Medical and sanitary report of the native army of Madras for the year
Year: 1878
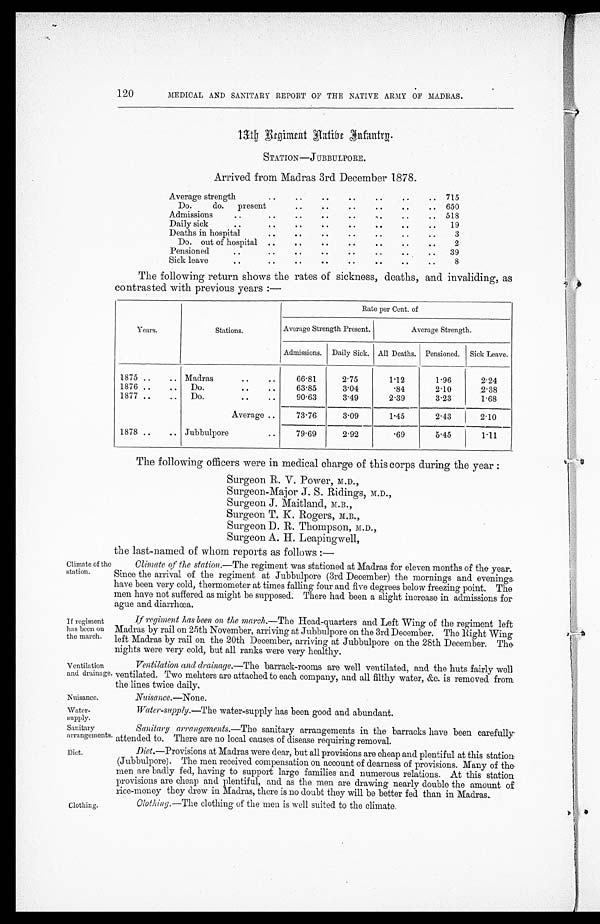
Nuisance.
Water-
supply.
Sanitary
arrangements.
Diet.
120
MEDICAL AND SANITARY REPORT OF THE NATIVE ARMY OF MADRAS.
13th Regiment Native Infantry.
STATION—JUBBULPORE.
Arrived from Madras 3rd December 1878.
Average strength
..
..
..
..
. .
. . .. 715
Do.
do.
present
..
..
..
..
. .
.. 650
Admissions
. .
..
..
..
..
. .
..
.. 518
Daily sick
. .
..
..
..
. .
. .
..
..
19
Deaths in hospital
. .
. .
. .
. .
. .
. .
. .
3
Do. out of hospital
..
. .
..
. .
. .
..
..
2
Pensioned
. .
. .
. .
..
. .
..
. .
..
39
Sick leave
..
. .
. .
..
..
..
..
..
8
The following return shows the rates of sickness, deaths, and invaliding, as
contrasted with previous years :—
Years.
Stations.
Rate Per Cent. of
Average Strength Present.
Average Strength.
Admissions. Daily Sick. All Deaths. Pensioned. Sick Leave.
1875 ..
.. Madras
..
. .
66.81
2.75
1.12
1.96
2.24
1876 ..
. .
Do.
. .
. .
63.85
3.04
.84
2.10
.2.38
1877 ..
..
Do.
. .
..
90.63
3.49
2.39
3.23
1.68
Average . .
73.76
3.09
1.45
2.43
2.10
1878 ..
.. Jubbulpore
. .
79.69
2.92
.69
5.45
1.11
The following officers were in medical charge of this corps during the year :
Surgeon R. V. Power, M.D.,
Surgeon-Major J. S. Ridings, M.D.,
Surgeon J. Maitland, M.B.,
Surgeon T. K. Rogers, M.B.,
Surgeon D. R. Thompson, M.D.,
Surgeon A. H. Leapingwell,
Climate of th
e station.
the last-named of whom reports as follows :—
Climate of the station.— The regiment was stationed at Madras for eleven months of the year.
Since the arrival of the regiment at Jubbulpore (3rd December) the mornings and evenings
have been very cold, thermometer at times falling four and five degrees below freezing point. The
men have not suffered as might be supposed. There had been a slight increase in admissions for
ague and diarrhœa.
If regiment
has been on
the march.
If regiment has been on the march. —The Head-quarters and Left Wing of the regiment left
Madras by rail on 25th November, arriving at Jubbulpore on the 3rd December. The Right Wing
left Madras by rail on the 20th December, arriving at Jubbulpore on the 28th December. The-
nights were very cold, but all ranks were very healthy.
Ventilation
and drainage.
Ventilation and drainage.— The barrack-rooms are well ventilated, and the huts fairly well
ventilated. Two mehters are attached to each company, and all filthy water, &c. is removed from
the lines twice daily.
Nuisance.—None.
Water-supply.—The water-supply has been good and abundant.
Sanitary arrangements.— The sanitary arrangements in the barracks have been carefully
attended to. There are no local causes of disease requiring removal.
Diet. —Provisions at Madras were dear, but all provisions are cheap and plentiful at this station
(Jubbulpore). The men received compensation on account of dearness of provisions. Many of the
men are badly fed, having to support large families and numerous relations. At this station
provisions are cheap and plentiful, and as the men are drawing nearly double the amount of
rice-money they drew in Madras, there is no doubt they will be better fed than in Madras.
Clothing.
Clothing.—The clothing of the men is well suited to the climate.